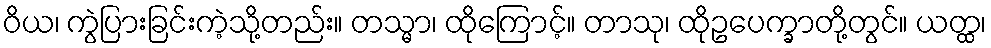
ဝိယ၊ ကွဲပြားခြင်းကဲ့သို့တည်း။ တသ္မာ၊ ထိုကြောင့်။ တာသု၊ ထိုဥပေက္ခာတို့တွင်။ ယတ္ထ၊